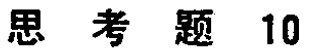
思考题 10